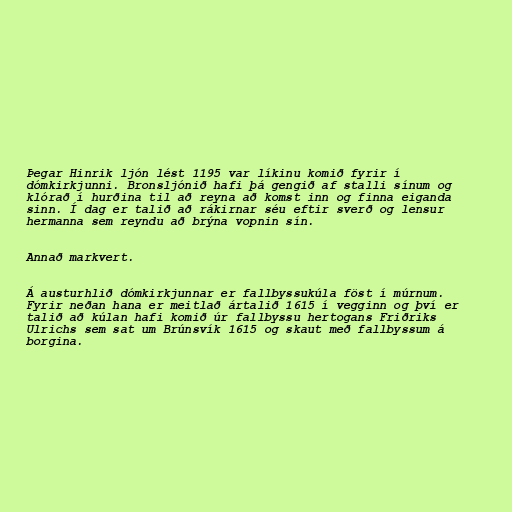
Þegar Hinrik ljón lést 1195 var líkinu komið fyrir í
dómkirkjunni. Bronsljónið hafi þá gengið af stalli sínum og
klórað í hurðina til að reyna að komst inn og finna eiganda
sinn. Í dag er talið að rákirnar séu eftir sverð og lensur
hermanna sem reyndu að brýna vopnin sín.

Annað markvert.

Á austurhlið dómkirkjunnar er fallbyssukúla föst í múrnum.
Fyrir neðan hana er meitlað ártalið 1615 í vegginn og því er
talið að kúlan hafi komið úr fallbyssu hertogans Friðriks
Ulrichs sem sat um Brúnsvík 1615 og skaut með fallbyssum á
borgina.